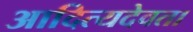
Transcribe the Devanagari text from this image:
आदित्यदेवता